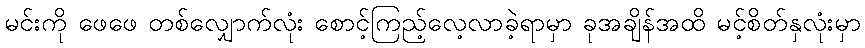
မင်းကို ဖေဖေ တစ်လျှောက်လုံး စောင့်ကြည့်လေ့လာခဲ့ရာမှာ ခုအချိန်အထိ မင့်စိတ်နှလုံးမှာ